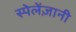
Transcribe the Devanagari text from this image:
स्पेलेंज़ानी